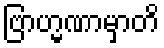
ဗြာဟ္မဏာမှာတိ